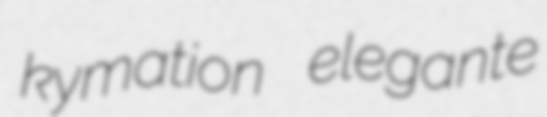
kymation elegante